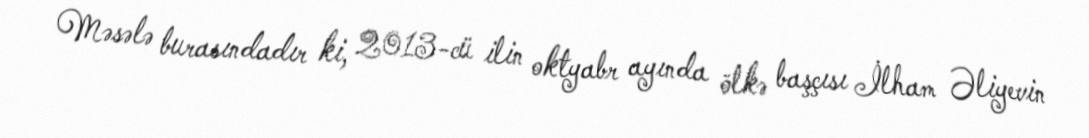
Məsələ burasındadır ki, 2013-cü ilin oktyabr ayında ölkə başçısı İlham Əliyevin